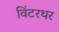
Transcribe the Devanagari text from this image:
विंटरथर